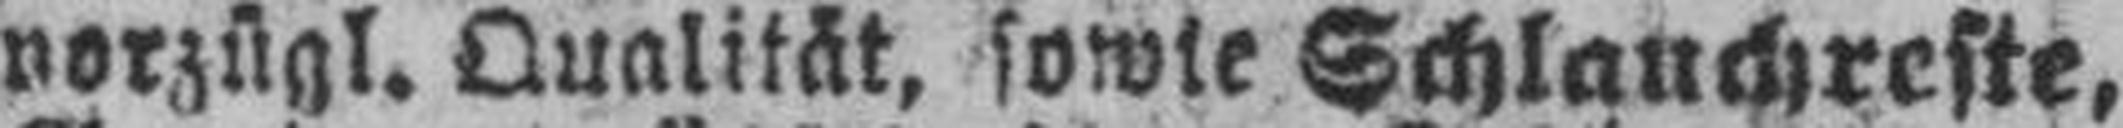
gorzügl. Qualität, sowie Schlauchreste,